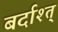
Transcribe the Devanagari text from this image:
बर्दाश्त्